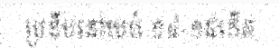
ប្រទីបនៅយប់ ១៤-១៥កើត